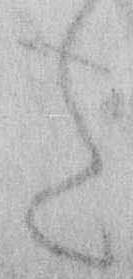
た